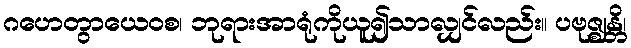
ဂဟေတွာယေဝစ၊ ဘုရားအာရုံကိုယူ၍သာလျှင်လည်း။ ပဗုဇ္ဈန္တိ၊